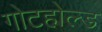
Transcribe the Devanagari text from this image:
गोटहोल्ड